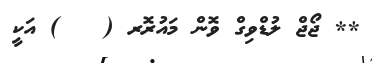
** ޖޯޖް ލުޑްވިގް ވޮން މައުރޮރ (   ) އަކީ